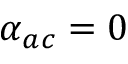
\alpha _ { a c } = 0